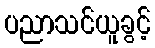
ပညာသင်ယူခွင့်